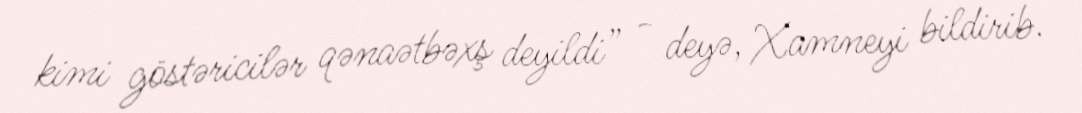
kimi göstəricilər qənaətbəxş deyildi” - deyə, Xamneyi bildirib.